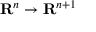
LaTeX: \mathbf { R } ^ { n } \to \mathbf { R } ^ { n + 1 }